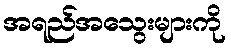
အရည်အသွေးများကို